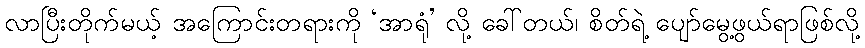
လာပြီးတိုက်မယ့် အကြောင်းတရားကို ‘အာရုံ’ လို့ ခေါ်တယ်၊ စိတ်ရဲ့ ပျော်မွေ့ဖွယ်ရာဖြစ်လို့